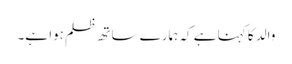
والد کا کہنا ہے کہ ہمارے ساتھ ظلم ہوا ہے۔